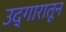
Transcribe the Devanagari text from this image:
उद्गारातून